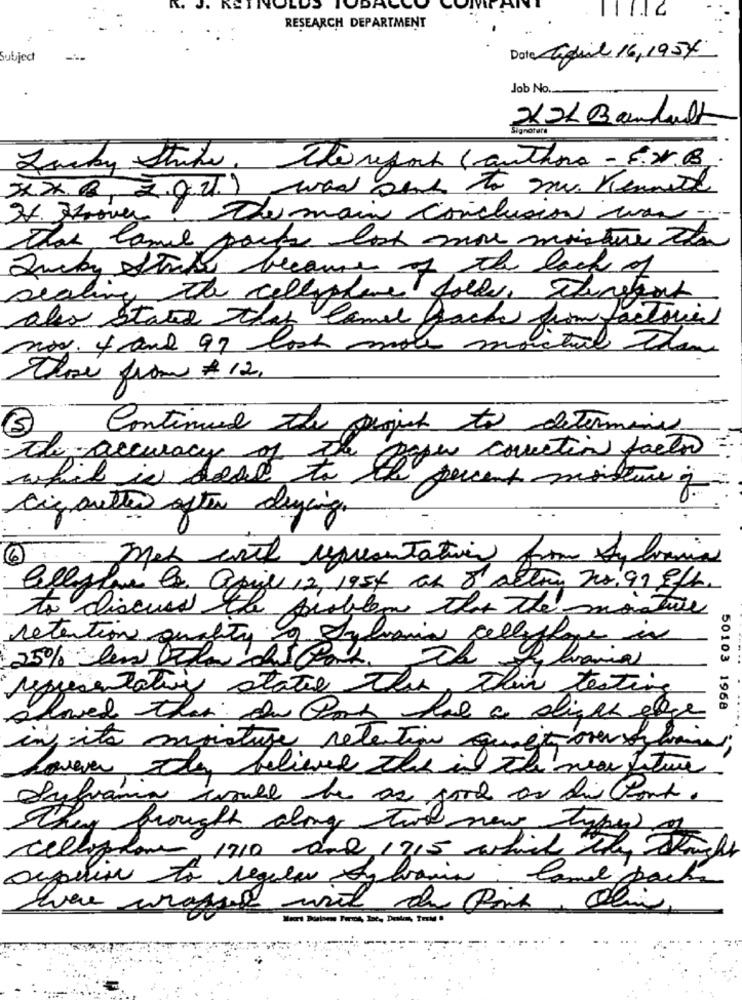
RESEARCH DEPARTMENT
subject
Date april 16,1957
Job No.
Lucky Strike. Thereport (authora - F.W.B.
De main conclusion war.
That Camel parts lost more moisture zta
because of the lack of
Dealing the cellophane folle, Dhinstant
also stated That Camel back from factories
nov. 4and 97 look
Close from #12,
3
Continued the punish to determine
- de accuracy of the paper courtin factor
which is dose to
percent moisture q
cigarettes after daycing.
met with representatives from byloania
Callesine G. aprile 12, 1954 at 8 actie nr. 99 8/b.
to discuss the problems that the monatill
retention quality of Sylvania celleffage in
25% lew below dusport. The Libraries
representative statie the thin testing
50103 1968
slaved ther In Past hat a slight egge
infaite moisture retention quit over ogame
however tles believe the in the near future
Sufrancia would be as good as dis kont.
They brought along two new types of
Cellophane, 1910 and 1715 which the Caught
superior to regular Ayhanin: Came packe